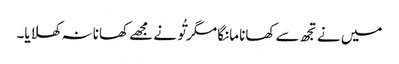
میں نے تجھ سے کھانا مانگا مگر تُو نے مجھے کھانا نہ کھلایا۔